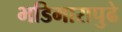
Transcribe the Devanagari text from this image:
भडिमारापुढे